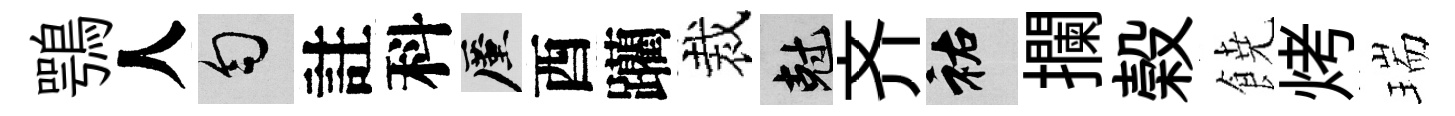
鶚人匀註科厪酉躪裁剋齐祐攔榖𩜙烤瑞